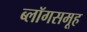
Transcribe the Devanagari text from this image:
ब्लॉगसमूह